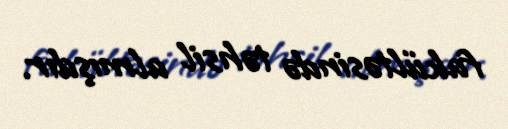
fakültəsində təhsil almışdır.